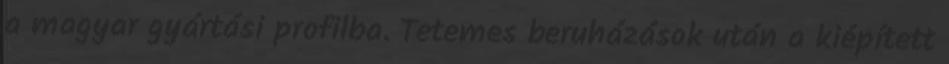
a magyar gyártási profilba. Tetemes beruházások után a kiépített